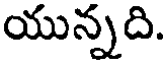
యున్నది.